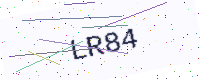
Text: LR84